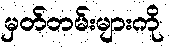
မှတ်တမ်းများကို